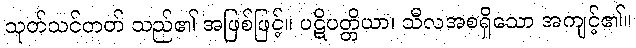
သုတ်သင်တတ် သည်၏ အဖြစ်ဖြင့်။ ပဋိပတ္တိယာ၊ သီလအစရှိသော အကျင့်၏။